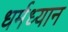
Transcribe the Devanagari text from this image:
धर्मध्यान